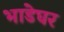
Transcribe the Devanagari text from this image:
भाडेघर